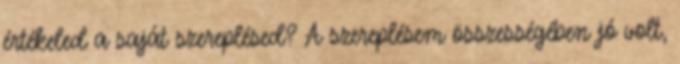
értékeled a saját szereplésed? A szereplésem összességében jó volt,